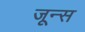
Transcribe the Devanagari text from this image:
जून्स